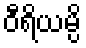
ဝီရိယမ္ပိ